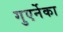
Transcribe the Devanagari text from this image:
गुएर्नेका